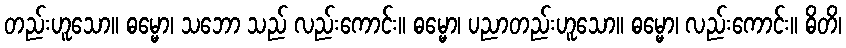
တည်းဟူသော။ ဓမ္မော၊ သဘော သည် လည်းကောင်း။ ဓမ္မော၊ ပညာတည်းဟူသော။ ဓမ္မော၊ လည်းကောင်း။ ဓိတိ၊